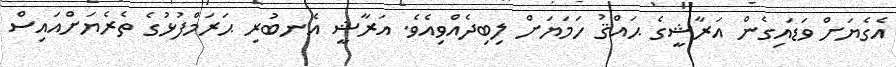
އެގެޔަށް ވަޑައިގެން އަރާޝީގެ ޙައްޤު ހަމަޔަށް ލިބިދެއްވިއެވެ. އަރާޝީ އެނބުރި ޙަރަމްފުޅުގެ ތެރެޔަށްއައިސް